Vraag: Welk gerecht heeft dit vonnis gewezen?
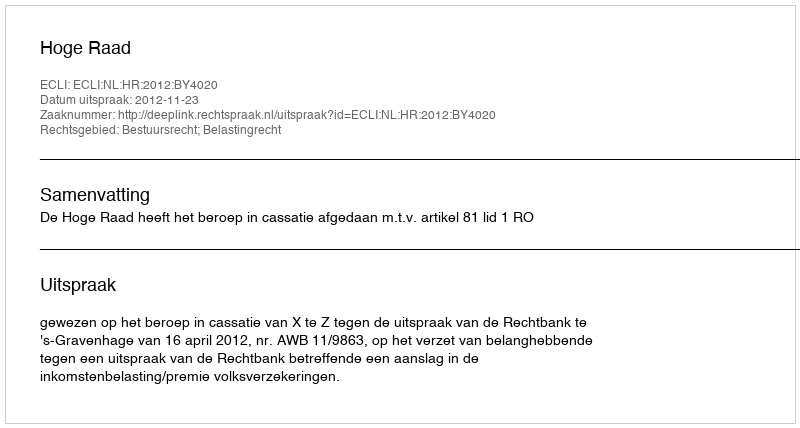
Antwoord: Hoge Raad